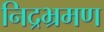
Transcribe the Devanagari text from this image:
निद्रभ्रमण